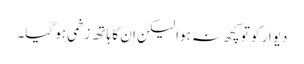
دیوار کو تو کچھ نہ ہوا لیکن ان کا ہاتھ زخمی ہو گیا۔